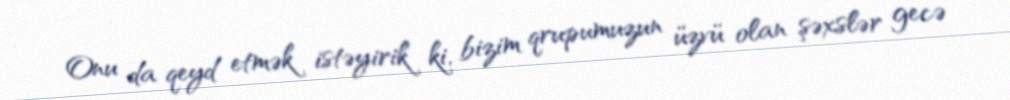
Onu da qeyd etmək istəyirik ki, bizim qrupumuzun üzvü olan şəxslər gecə